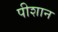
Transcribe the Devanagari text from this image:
पीशान